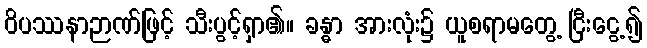
ဝိပဿနာဉာဏ်ဖြင့် သီးပွင့်ရှာ၏။ ခန္ဓာ အားလုံး၌ ယူစရာမတွေ့ ငြီးငွေ့၍